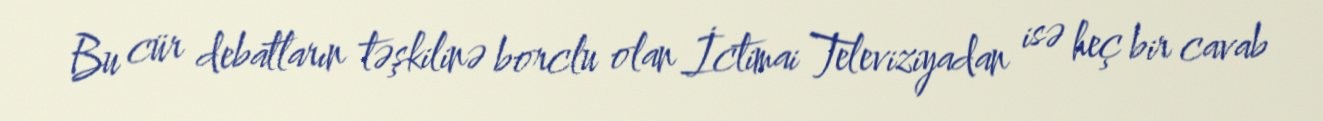
Bu cür debatların təşkilinə borclu olan İctimai Televiziyadan isə heç bir cavab